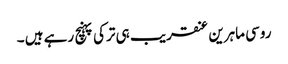
روسی ماہرین عنقریب ہی ترکی پہنچ رہے ہیں ۔